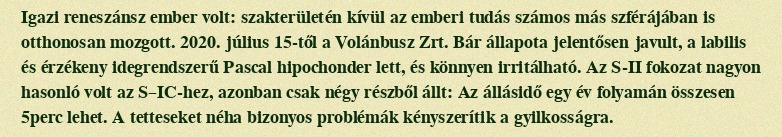
Igazi reneszánsz ember volt: szakterületén kívül az emberi tudás számos más szférájában is otthonosan mozgott. 2020. július 15-től a Volánbusz Zrt. Bár állapota jelentősen javult, a labilis és érzékeny idegrendszerű Pascal hipochonder lett, és könnyen irritálható. Az S-II fokozat nagyon hasonló volt az S–IC-hez, azonban csak négy részből állt: Az állásidő egy év folyamán összesen 5perc lehet. A tetteseket néha bizonyos problémák kényszerítik a gyilkosságra.